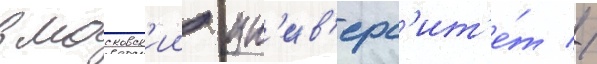
в московск'ии ун'ив'ерс'ит'е́т //